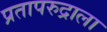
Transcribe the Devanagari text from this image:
प्रतापरुद्राला